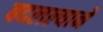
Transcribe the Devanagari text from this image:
बदलल्याने